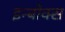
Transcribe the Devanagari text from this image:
इन्बोक्स